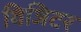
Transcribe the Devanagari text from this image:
विजिटर